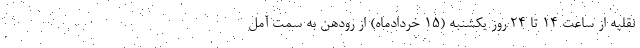
نقلیه از ساعت ۱۴ تا ۲۴ روز یکشنبه (۱۵ خردادماه) از رودهن به سمت آمل